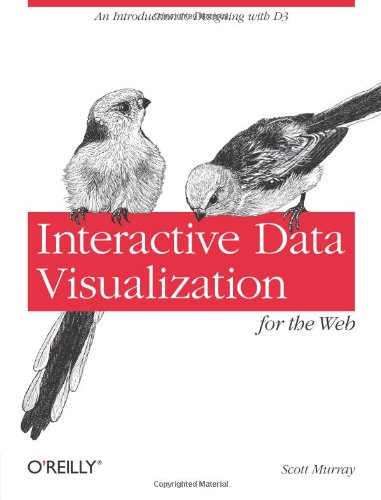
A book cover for Interactive Data Visualization for the Web; Scott Murray; Computers & Technology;